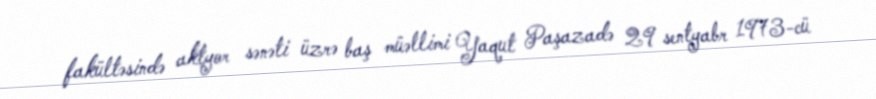
fakültəsində aktyor sənəti üzrə baş müəllimi Yaqut Paşazadə 29 sentyabr 1973-cü